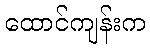
ထောင်ကျန်းက